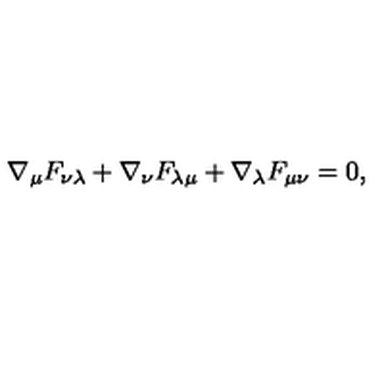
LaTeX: \nabla _ { \mu } F _ { \nu \lambda } + \nabla _ { \nu } F _ { \lambda \mu } + \nabla _ { \lambda } F _ { \mu \nu } = 0 ,